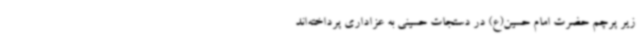
زیر پرچم حضرت امام حسین(ع) در دستجات حسینی به عزاداری پرداخته‌اند